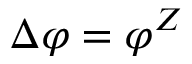
\Delta \varphi = \varphi ^ { Z }